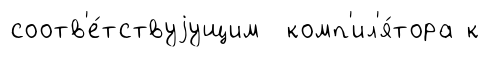
соотв'е́тствуjущим комп'ил'я́тора к